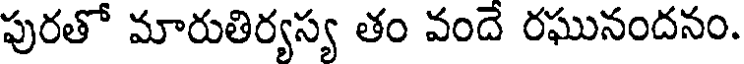
పురతో మారుతిర్యస్య తం వందే రఘునందనం.